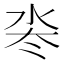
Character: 𬇜